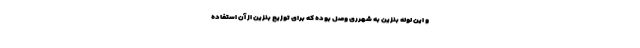
و این لوله بنزین به شهرری وصل بوده که برای توزیع بنزین از آن استفاده